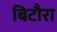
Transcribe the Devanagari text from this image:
बिटौरा